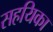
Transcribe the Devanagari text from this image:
सहयिका